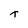
Character: t